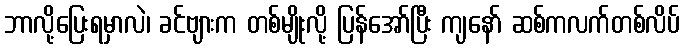
ဘာလို့ပြေးရမှာလဲ၊ ခင်ဗျားက တစ်မျိုးလို့ ပြန်အော်ပြီး ကျနော် ဆစ်ကလက်တစ်လိပ်